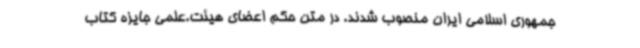
جمهوری اسلامی ایران منصوب شدند. در متن حکم اعضای هیئت.علمی جایزه کتاب